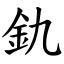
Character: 釚